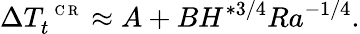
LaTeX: \Delta T_{t}^{\mathrm{~\scriptsize~C~R~}}\approx A+BH^{*3/4}Ra^{-1/4}.